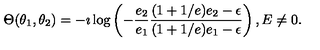
\Theta ( \theta _ { 1 } , \theta _ { 2 } ) = - \imath \log \left( - \frac { e _ { 2 } } { e _ { 1 } } \frac { ( 1 + 1 / e ) e _ { 2 } - \epsilon } { ( 1 + 1 / e ) e _ { 1 } - \epsilon } \right) , E \neq 0 .